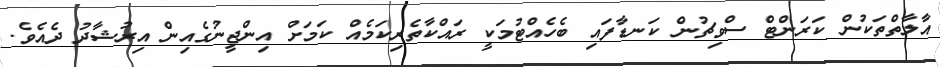
އާލާތްތަކުން ކަރަންޓް ސްވިޗުން ކަނޑާފައި ބެހެއްޓުމަކީ ރައްކާތެރިކަމެއް ކަމަށް އިންޖީނުގެއިން އިރުޝާދު ދެއެވެ.